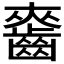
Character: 𪘘